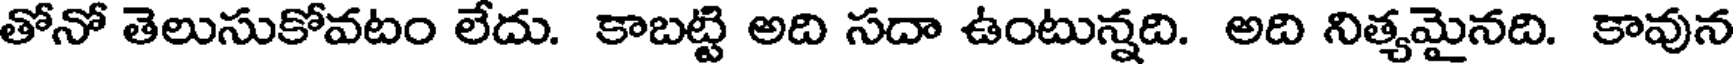
తోనో తెలుసుకోవటం లేదు. కాబట్టి అది సదా ఉంటున్నది. అది నిత్యమైనది. కావున